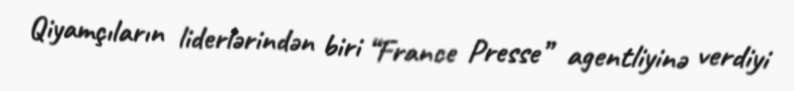
Qiyamçıların liderlərindən biri “France Presse” agentliyinə verdiyi